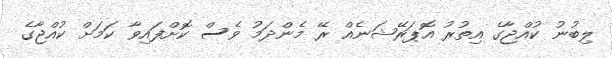
ލިބުނު ކުއްޖާގެ އިތުރު އޮޕަރޭޝަނެއް ރޭ މެންދަމު ވެސް ކޮށްފައިވާ ކަމަށް ކުއްޖާގެ